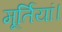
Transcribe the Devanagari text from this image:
मूर्तियां।